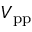
V _ { \mathrm { p p } }